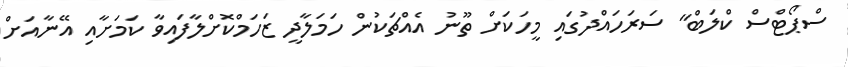
ސްޕޯޓްސް ކްލަބް" ސަރަހައްދުގައި މީހަކަށް ތޫނު އެއްޗަކުން ހަމަލާދީ ޒަހަމްކޮށްލާފައިވާ ކަމަށާއި އޭނާއަށް